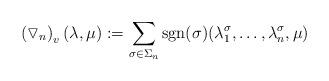
LaTeX: \begin{align*} \left(\triangledown_n\right)_{v} (\lambda, \mu) := \sum_{\sigma \in \Sigma_{n}} \operatorname{sgn}(\sigma) (\lambda_1^\sigma, \ldots, \lambda_n^\sigma, \mu) \end{align*}